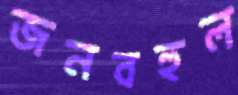
জনবহুল